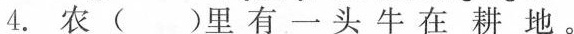
4.农( )里有一头牛在耕地。